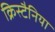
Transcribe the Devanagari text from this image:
क्रिस्टैनिया